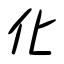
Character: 化